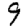
Digit: 9